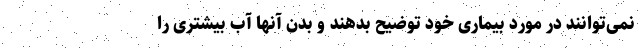
نمی‌توانند در مورد بیماری خود توضیح بدهند و بدن آنها آب بیشتری را